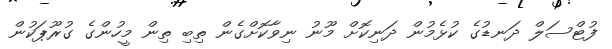
ފުޓްސަލް ދަނޑުގެ ކުޅެމުން ދަނިކޮށް މޫނު ނިވާކޮށްގެން ތިބި ތިން މީހުންގެ ގުރޫޕަކުން